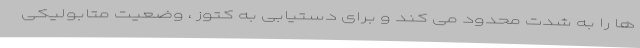
ها را به شدت محدود می کند و برای دستیابی به کتوز ، وضعیت متابولیکی